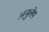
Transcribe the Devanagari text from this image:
अनुलेप